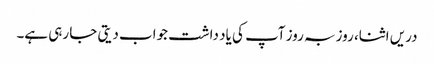
دریں اثنا، روز بہ روز آپ کی یاد داشت جواب دیتی جا رہی ہے۔